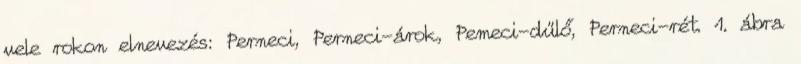
vele rokon elnevezés: Perneci, Perneci-árok, Pemeci-dűlő, Perneci-rét. 1. ábra